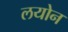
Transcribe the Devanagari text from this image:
लयोन